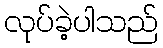
လုပ်ခဲ့ပါသည်